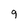
Character: q